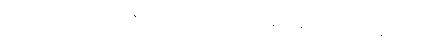
သုဿာန် မဟုတ်သော နေရာကို ကပ်လျက် သုဿာန်၌ နေခြင်း (သုဿာန်ဓုတင်)